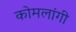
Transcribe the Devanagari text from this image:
कोमलांगी